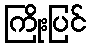
ကြိုးပြင်